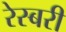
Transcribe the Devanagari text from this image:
रेस्बरी